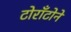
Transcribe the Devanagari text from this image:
टोराँटोने